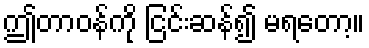
ဤတာဝန်ကို ငြင်းဆန်၍ မရတော့။